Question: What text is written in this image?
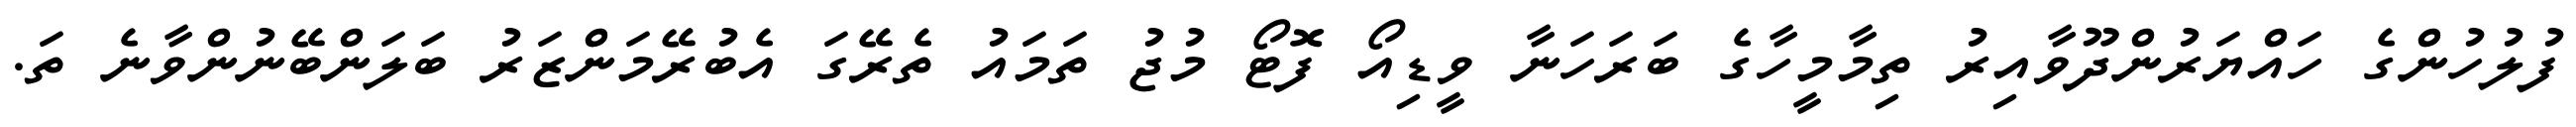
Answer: ފުލުހުންގެ ހައްޔަރުންދޫވާއިރު ތިމާމީހާގެ ބަރަހަނާ ވީޑިއޯ ފޮޓޯ މުޖު ތަމައު ތެރޭގަ އެބުރޭމަންޒަރު ބަލަންބޭނުންވާނެ ތަ.